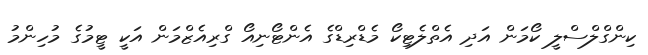
ކިންގްލްސްލީ ކޯމަން އަދި އެތްލެޓިކޯ މެޑްރިޑްގެ އެންޓޯނިއޯ ގްރިއެޒްމަން އަކީ ޓީމުގެ މުހިންމު